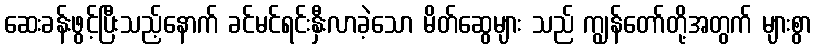
ဆေးခန်းဖွင့်ပြီးသည့်နောက် ခင်မင်ရင်းနှီးလာခဲ့သော မိတ်ဆွေများ သည် ကျွန်တော်တို့အတွက် များစွာ